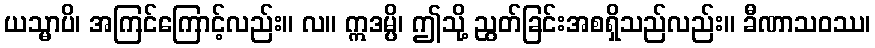
ယသ္မာပိ၊ အကြင်ကြောင့်လည်း။ လ။ ဣဒမ္ပိ၊ ဤသို့ ညွတ်ခြင်းအစရှိသည်လည်း။ ခီဏာသဝဿ၊